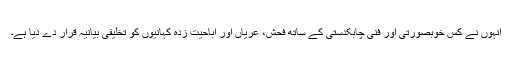
انہوں نے کس خوبصورتی اور فنی چابکدستی کے ساتھ فحش، عریاں اور اباحیت زدہ کہانیوں کو تخلیقی بیانیہ قرار دے دیا ہے۔